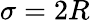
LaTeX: \sigma=2R